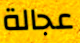
عجالة